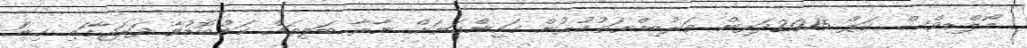
މޯލްޑިވްސް ކަޕް 2015ދަރިން ތަރުބިއްޔަތުކުރުން ގައިންގަޔަށް ނާރާ ބަލިތައް ކަންބޮޑުވާ ދަރަޖާގައި ގިނަ